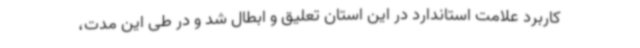
کاربرد علامت استاندارد در این استان تعلیق و ابطال شد و در طی این مدت،